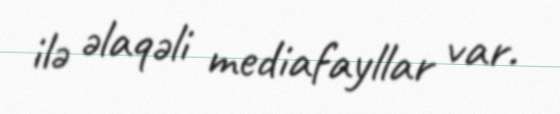
ilə əlaqəli mediafayllar var.